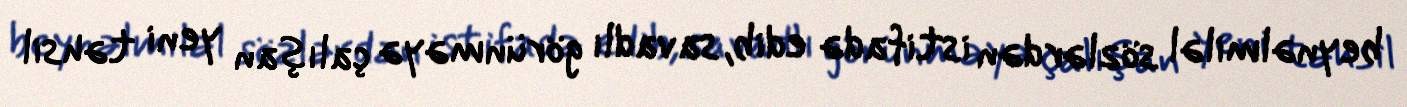
beynəlmiləl sözlərdən istifadə edib, savadlı görünməyə çalışan yeni təhsil